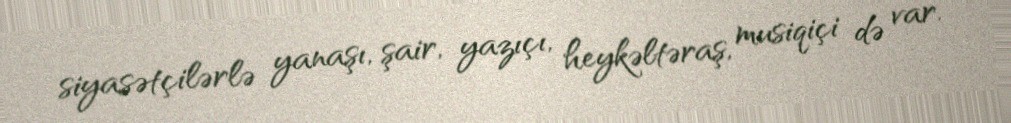
siyasətçilərlə yanaşı, şair, yazıçı, heykəltəraş, musiqiçi də var.